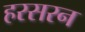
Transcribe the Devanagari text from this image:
हरसरन